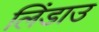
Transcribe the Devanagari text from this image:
लिंडाउ